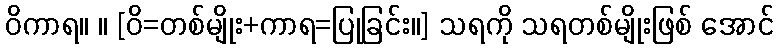
ဝိကာရ။ ။ [ဝိ=တစ်မျိုး+ကာရ=ပြုခြင်း။] သရကို သရတစ်မျိုးဖြစ် အောင်